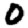
Digit: 0